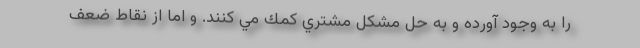
را به وجود آورده و به حل مشكل مشتري كمك مي كنند. و اما از نقاط ضعف